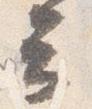
云